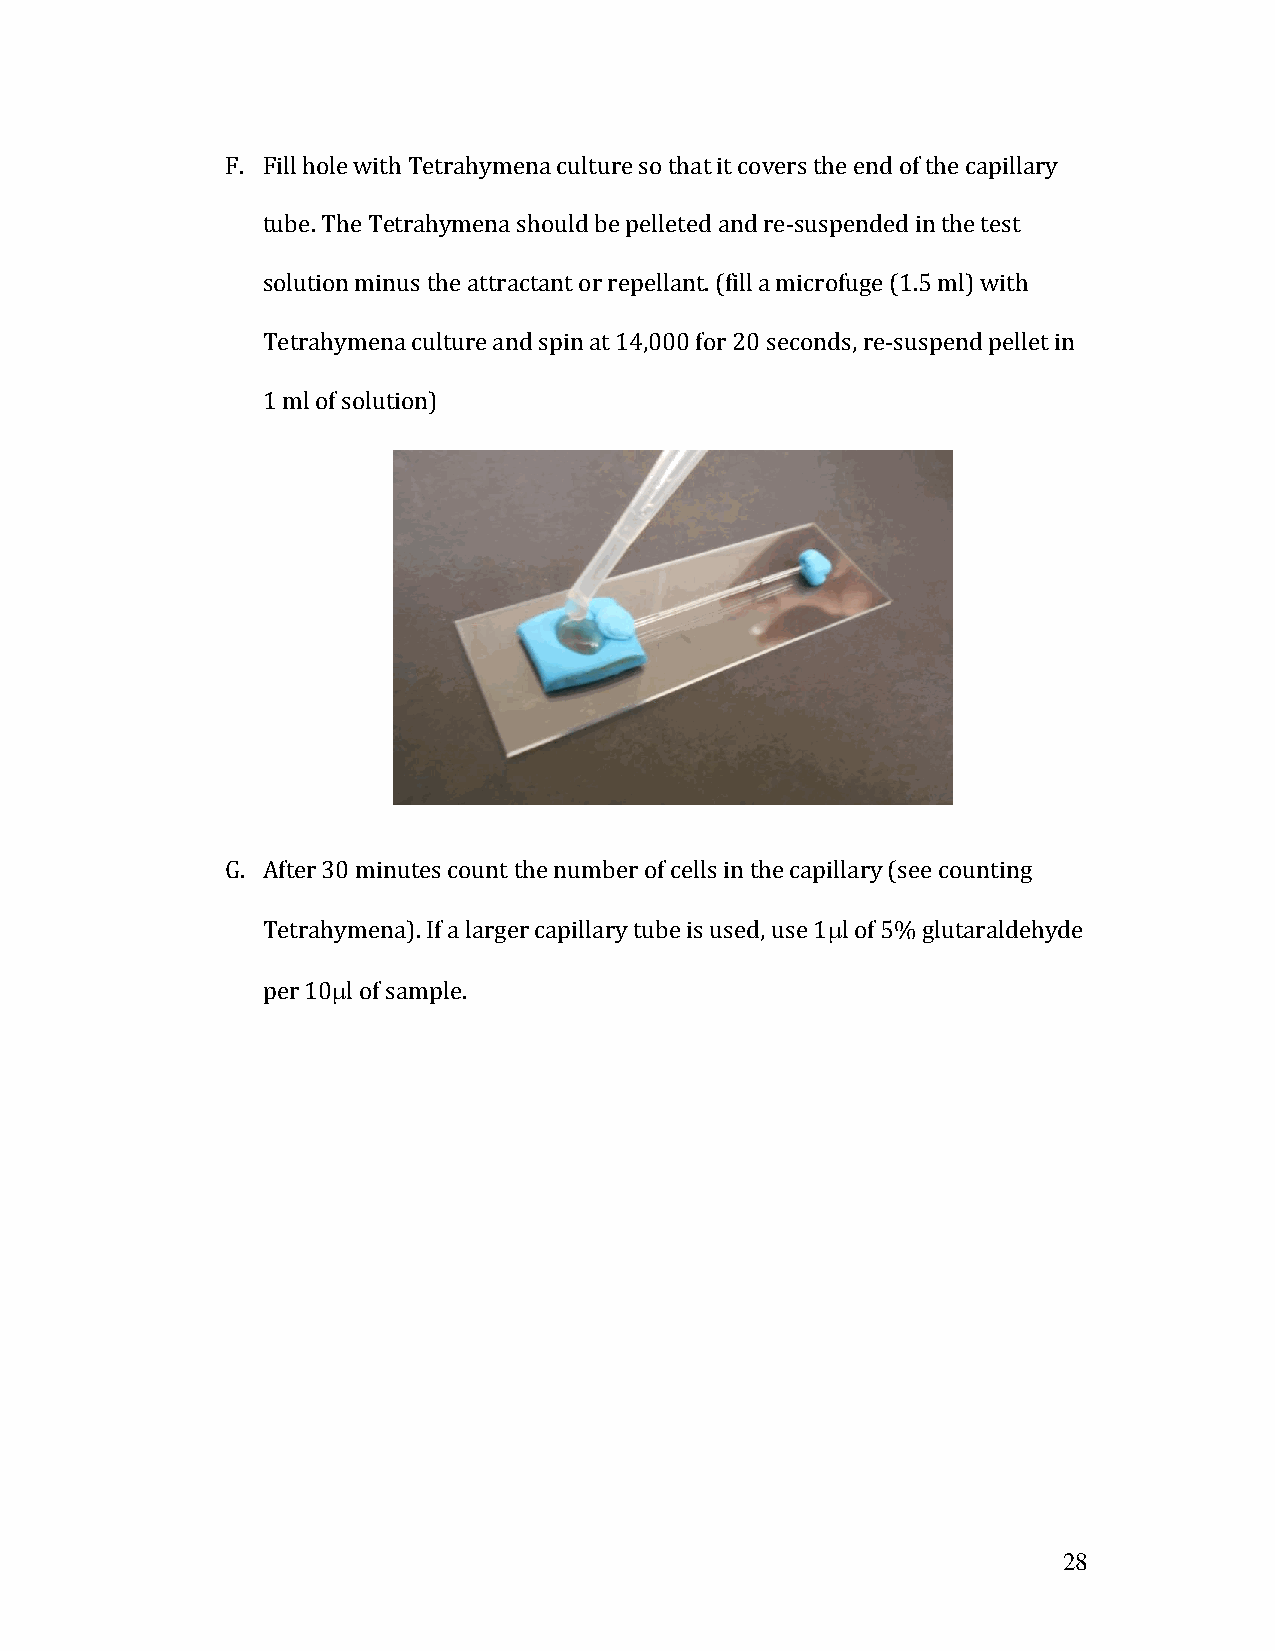
F. Fill hole with Tetrahymena culture so that it covers the end of the capillary
 tube. The Tetrahymena should be pelleted and re-suspended in the test
 solution minus the attractant or repellant. (fill a microfuge (1.5 ml) with
 Tetrahymena culture and spin at 14,000 for 20 seconds, re-suspend pellet in
 1 ml of solution)
 G. After 30 minutes count the number of cells in the capillary (see counting
 Tetrahymena). If a larger capillary tube is used, use 1l of 5% glutaraldehyde
 per 10l of sample.
 28